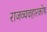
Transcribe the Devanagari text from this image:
राजव्यवहारकोष